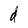
Character: d